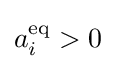
a_{i}^{\rm {eq}}>0